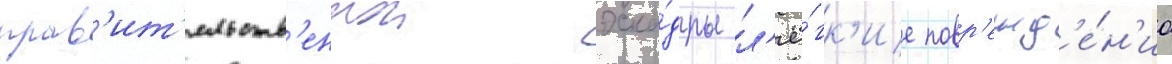
прав'ит'ельств'еннои эска́дры л'ё́гк'ие повр'ежд'е́н'иа